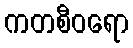
ကတစီဝရော